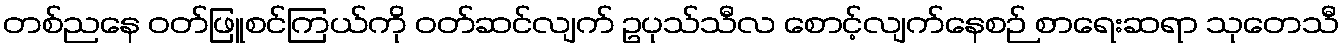
တစ်ညနေ ဝတ်ဖြူစင်ကြယ်ကို ဝတ်ဆင်လျက် ဥပုသ်သီလ စောင့်လျက်နေစဉ် စာရေးဆရာ သုတေသီ